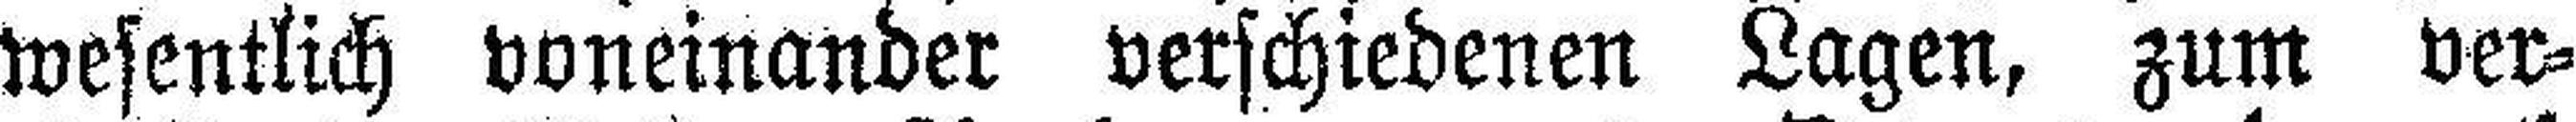
wesentlich voneinander verschiedenen Lagen, zum ver¬